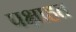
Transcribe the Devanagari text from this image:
पक्षाहत